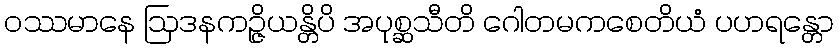
ဝဿမာနေ ဩဒနကဉ္ဇိယန္တိပိ အပုစ္ဆသီတိ ဂေါတမကစေတိယံ ပဟရန္တော